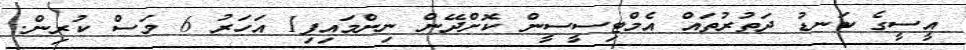
އީސީގެ ކަނޑު ދަތުރުތައް އެމްޓިސީސީން ކޮށްދޭން ނިންމައިފި1 އަހަރު 6 މަސް ކުރިން.